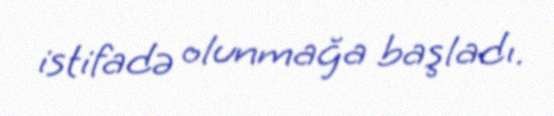
istifadə olunmağa başladı.